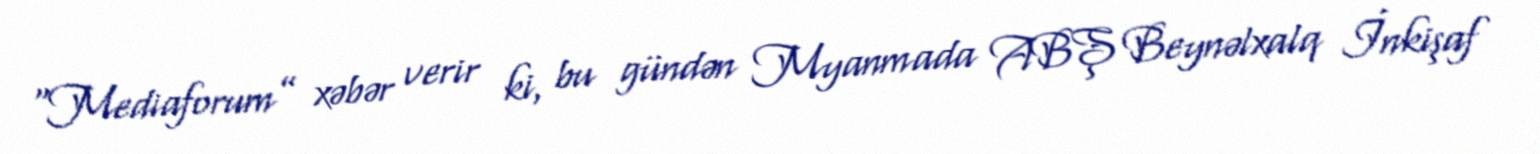
“Mediaforum” xəbər verir ki, bu gündən Myanmada ABŞ Beynəlxalq İnkişaf